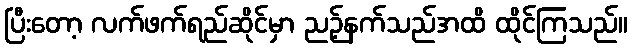
ပြီးတော့ လက်ဖက်ရည်ဆိုင်မှာ ညဉ့်နက်သည်အထိ ထိုင်ကြသည်။